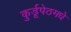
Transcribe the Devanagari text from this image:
कुर्डूपेठमधे